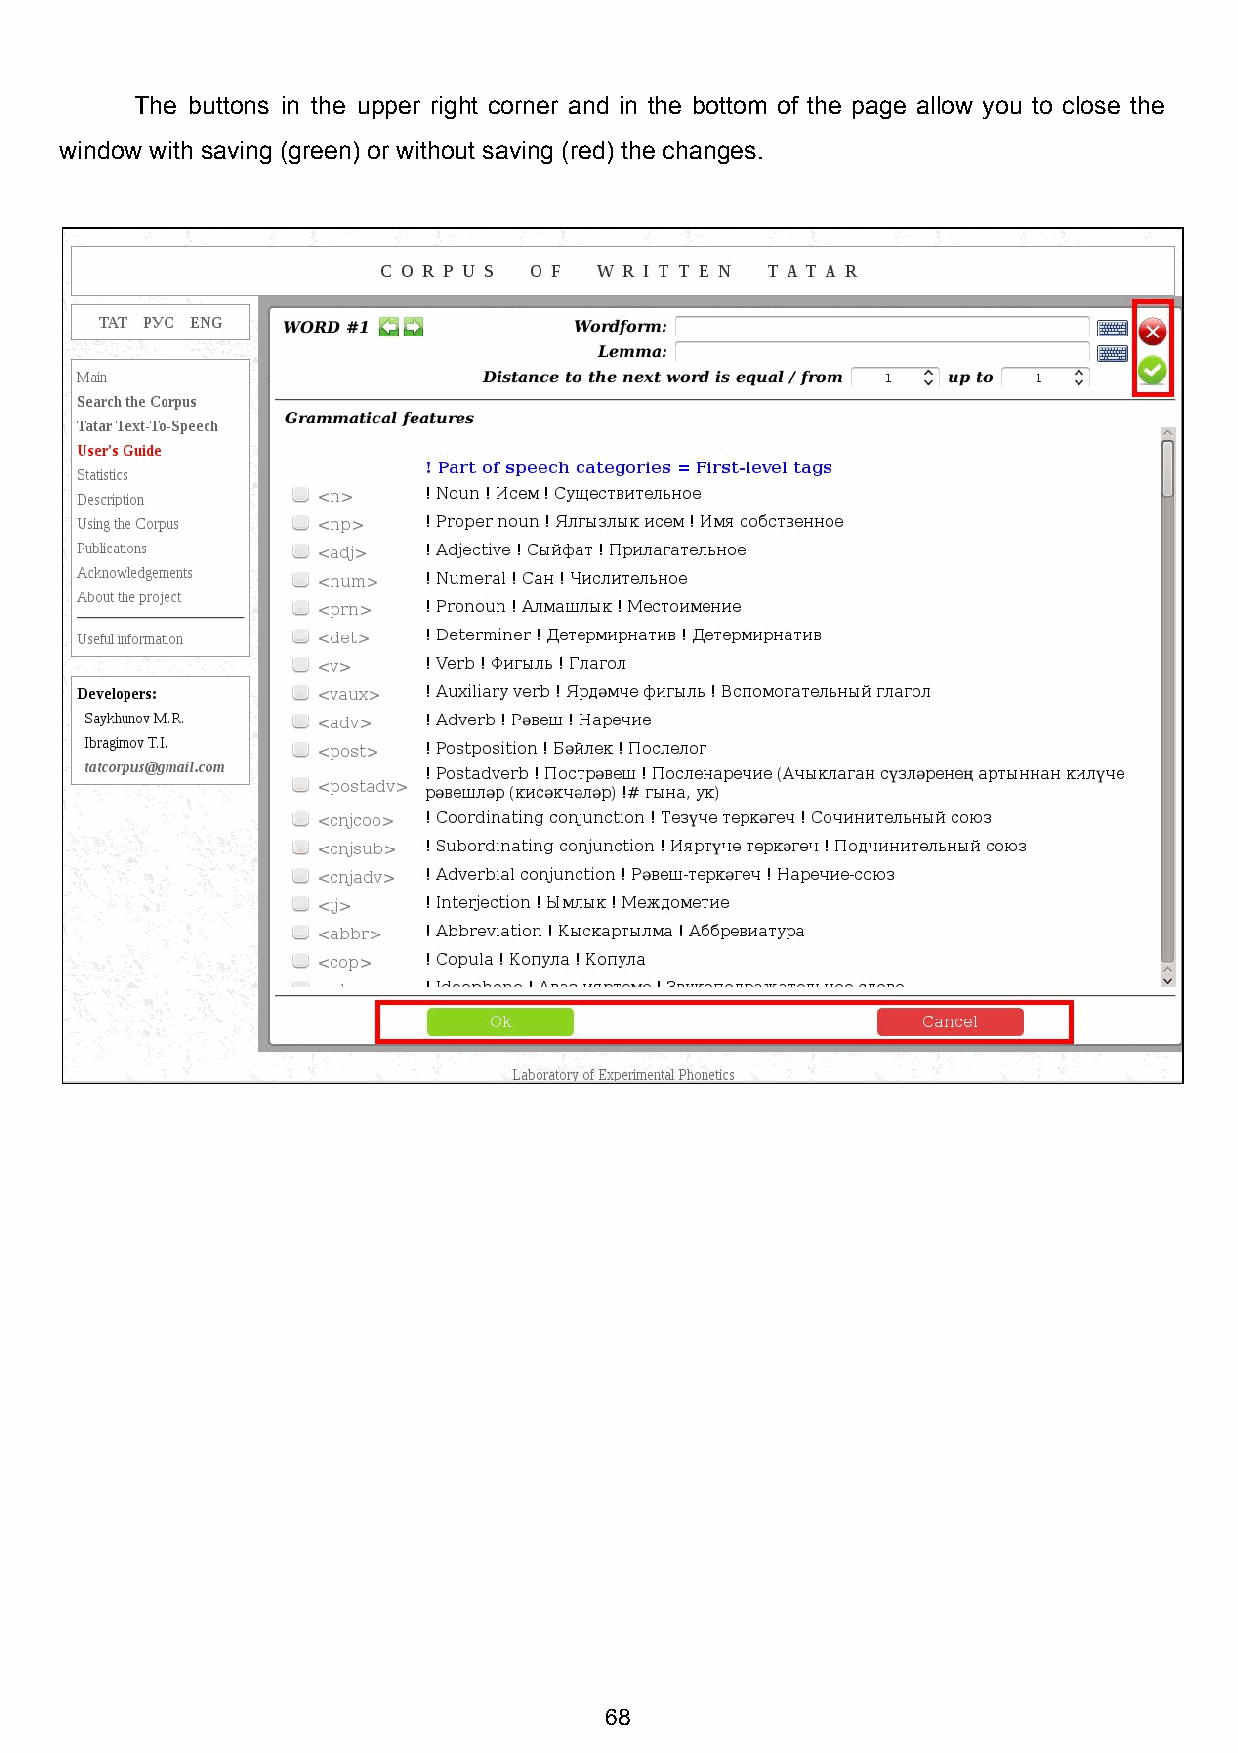
The buttons in the upper right corner and in the bottom of the page allow you to close the
 window with saving (green) or without saving (red) the changes.
 68